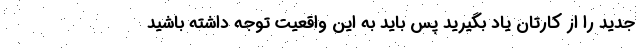
جدید را از کارتان یاد بگیرید پس باید به این واقعیت توجه داشته باشید